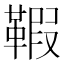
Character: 𩋥